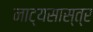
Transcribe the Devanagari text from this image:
नाट्यसास्त्र